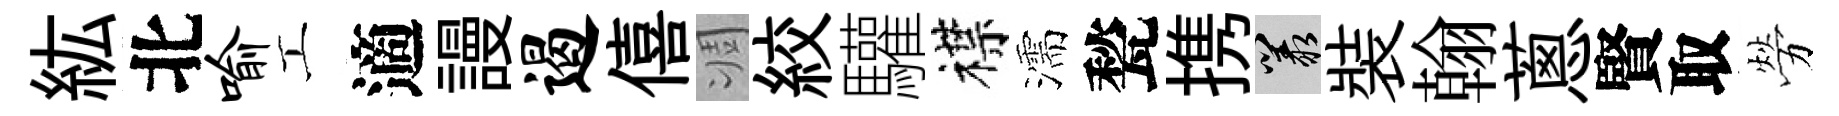
紘北喻工適謾遏僖凋絞驩襟濡甃携叢裝翰蔥賢取勞